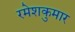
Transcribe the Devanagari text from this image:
रमेशकुमार